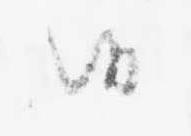
候